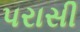
પરાસી